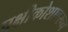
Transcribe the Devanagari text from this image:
पक्षीकोशावरून